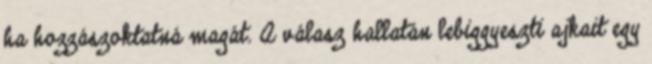
ha hozzászoktatná magát. A válasz hallatán lebiggyeszti ajkait egy